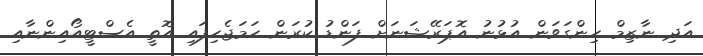
އަދި ނާޒިމް ހިންގަވަން އުޅުނު އޮޕަރޭޝަނަށް ފަންޑު ކުރަން ހަމަޖެހިފައި އޮތީ އެސްޓީއޯއިންނާއި